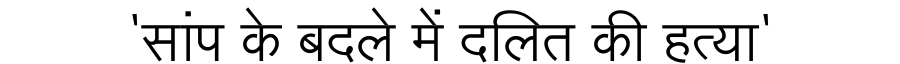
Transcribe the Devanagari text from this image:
'सांप के बदले में दलित की हत्या'